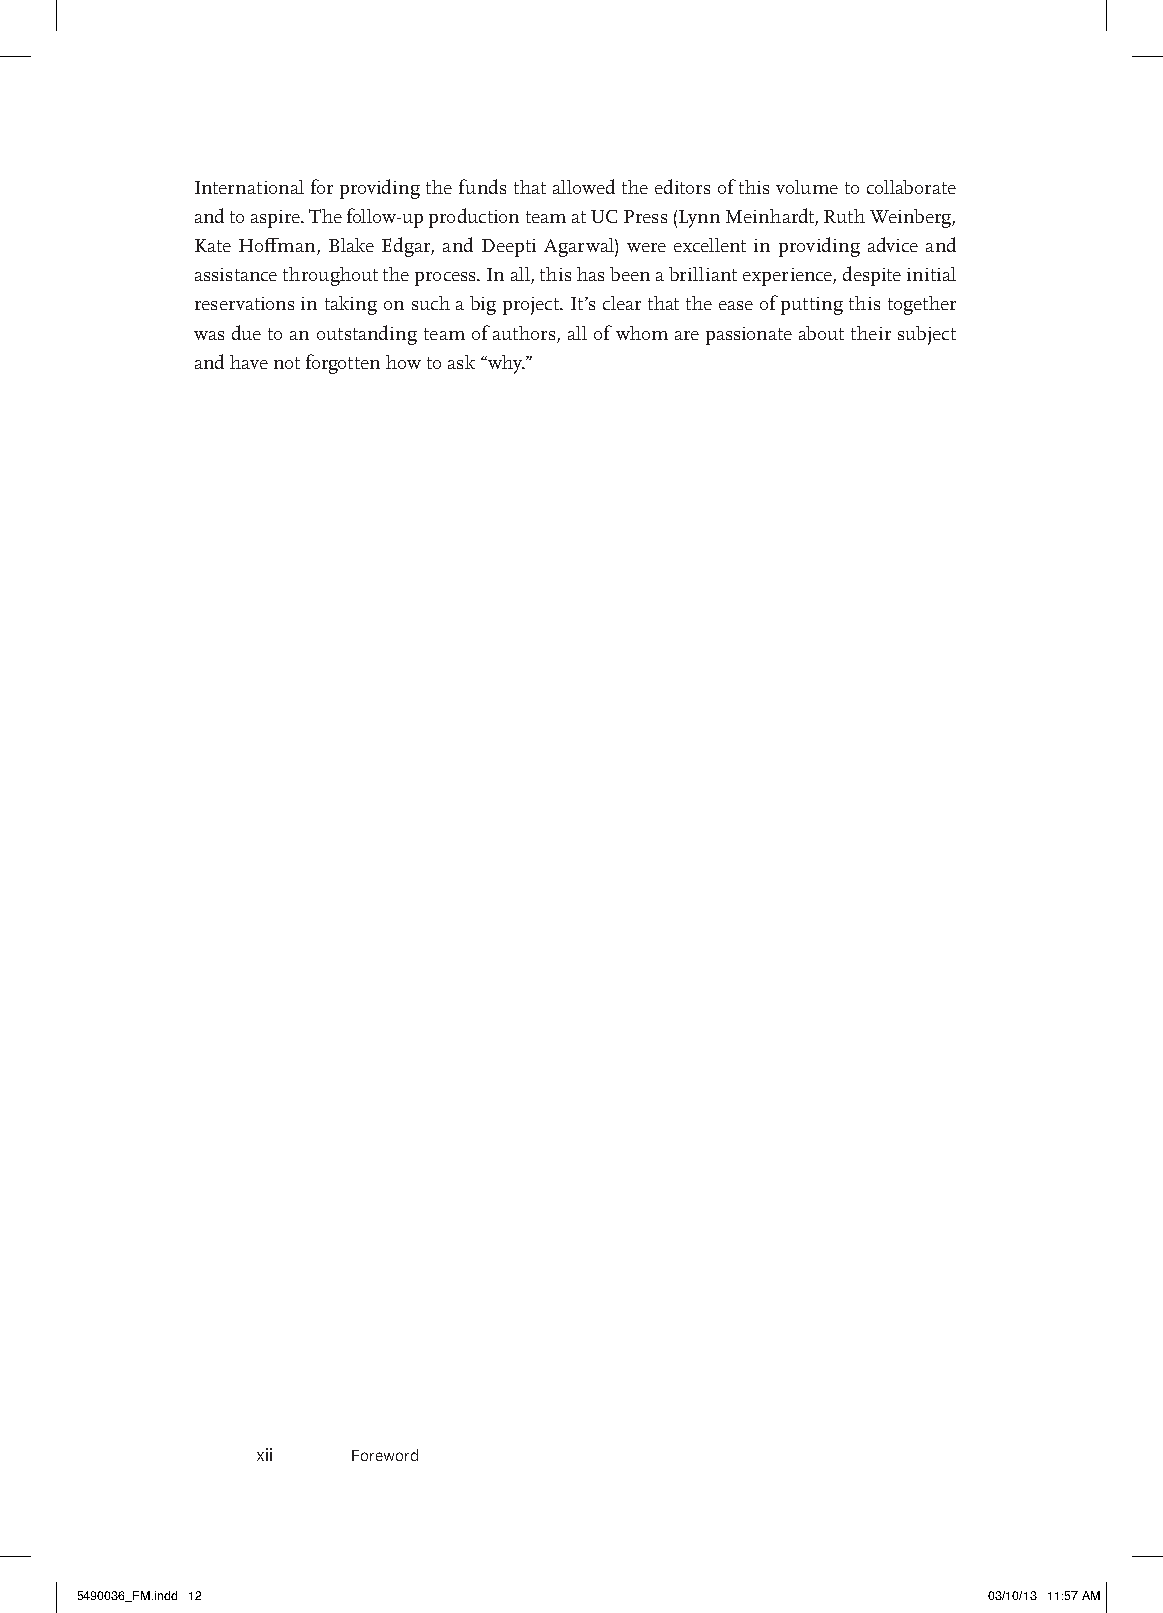
International for providing the funds that allowed the editors of this volume to collaborate
 and to aspire. The follow-up production team at UC Press (Lynn Meinhardt, Ruth Weinberg,
 Kate Hoffman, Blake Edgar, and Deepti Agarwal) were excellent in providing advice and
 assistance throughout the process. In all, this has been a brilliant experience, despite initial
 reservations in taking on such a big project. It’s clear that the ease of putting this together
 was due to an outstanding team of authors, all of whom are passionate about their subject
 and have not forgotten how to ask “why.”
 xii   foreword
 5490036_FM.indd 12                                          03/10/13 11:57 AM